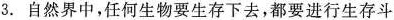
3.自然界中，任何生物要生存下去，都要进行生存斗